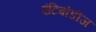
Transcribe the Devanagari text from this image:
एंटिबोडीज